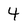
Character: 4